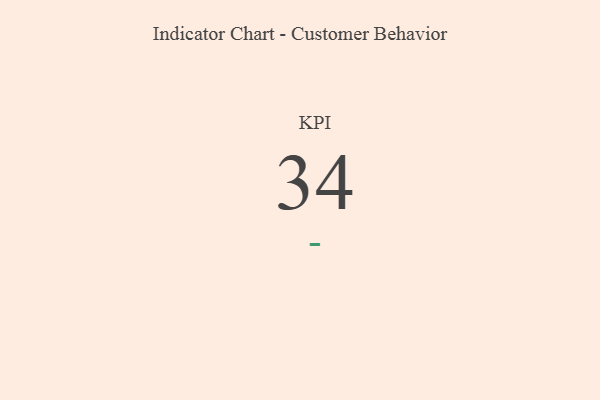
{"axis": {"x": "KPI", "y": "Value"}, "legend": [""], "data": [{"x": "KPI", "y": 34, "type": ""}]}